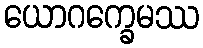
ယောဂက္ခေမဿ